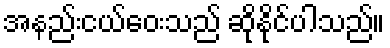
အနည်းငယ်ဝေးသည် ဆိုနိုင်ပါသည်။